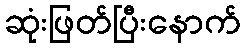
ဆုံးဖြတ်ပြီးနောက်